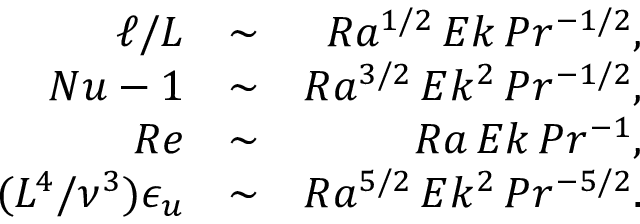
\begin{array} { r l r } { \ell / L } & { \sim } & { R a ^ { 1 / 2 } \, E k \, P r ^ { - 1 / 2 } , } \\ { N u - 1 } & { \sim } & { R a ^ { 3 / 2 } \, E k ^ { 2 } \, P r ^ { - 1 / 2 } , } \\ { R e } & { \sim } & { R a \, E k \, P r ^ { - 1 } , } \\ { ( L ^ { 4 } / \nu ^ { 3 } ) \epsilon _ { u } } & { \sim } & { R a ^ { 5 / 2 } \, E k ^ { 2 } \, P r ^ { - 5 / 2 } . } \end{array}